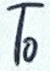
To